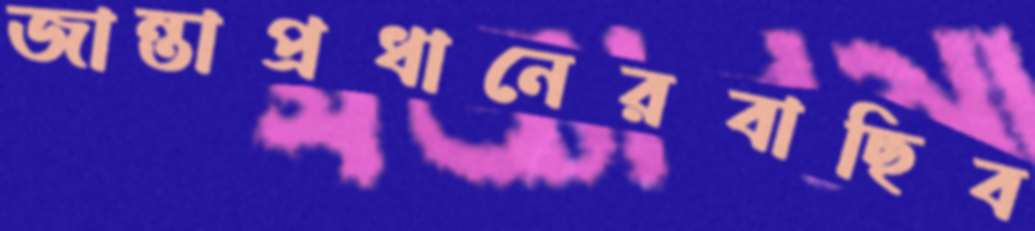
জান্তাপ্রধানেরবাছিব